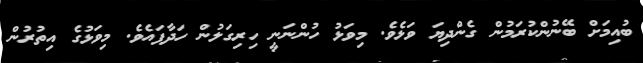
ބުއިމަށް ބޭނުންކުރަމުން ގެންދިޔަ ވަޅެވެ. މިވަޅު ހުންނަނީ ހިރިގަލުން ހަދާފައެވެ. މިވަޅުގެ އިތުރުން